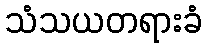
သံသယတရားခံ